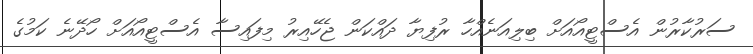
ސަރުކާރުން އެސްޓީއޯއަށް ބިލިއަނެއްހާ ރުފިޔާ ދައްކަން ޖެހޭއިރު މިފައިސާ އެސްޓީއޯއަށް ހޯދޭނެ ކަމުގެ